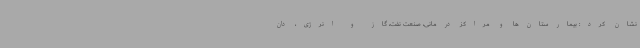
نشان کرد: بیمارستان‌ها و مراکز درمانی، صنعت نفت، گاز و انرژی، دان